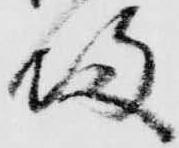
帰